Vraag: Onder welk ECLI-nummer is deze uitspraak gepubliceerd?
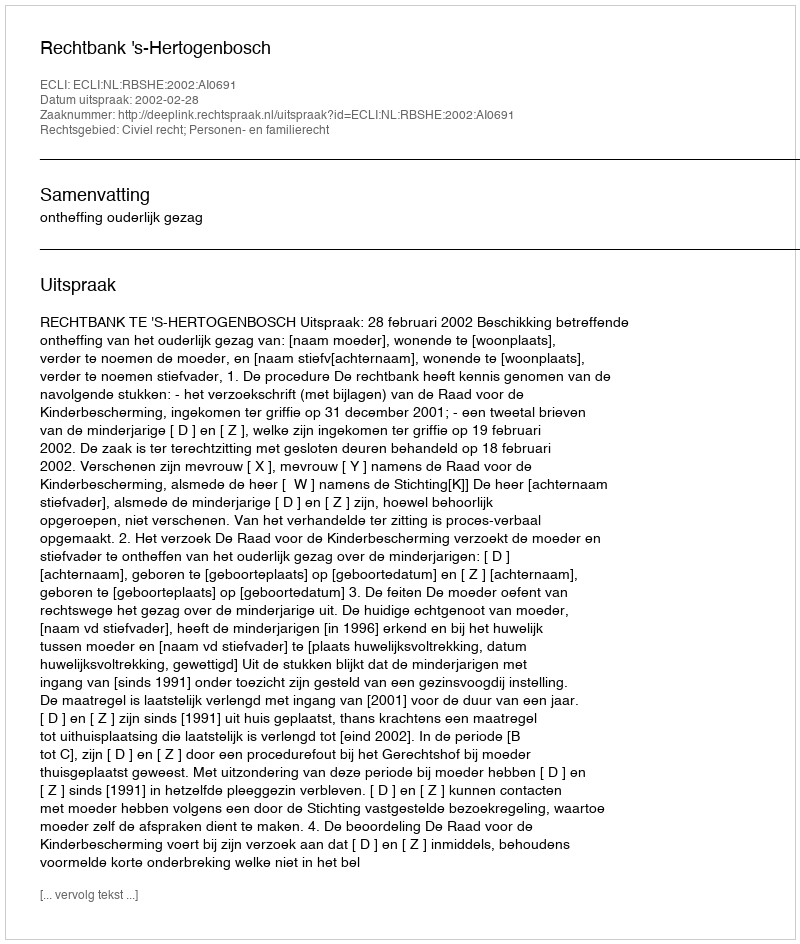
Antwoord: ECLI:NL:RBSHE:2002:AI0691